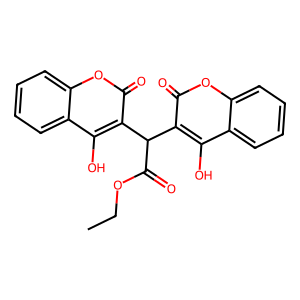
SMILES: CCOC(=O)C(c1c(O)c2ccccc2oc1=O)c1c(O)c2ccccc2oc1=O
Inhibits HIV replication: No